Lock hospitals Punjab
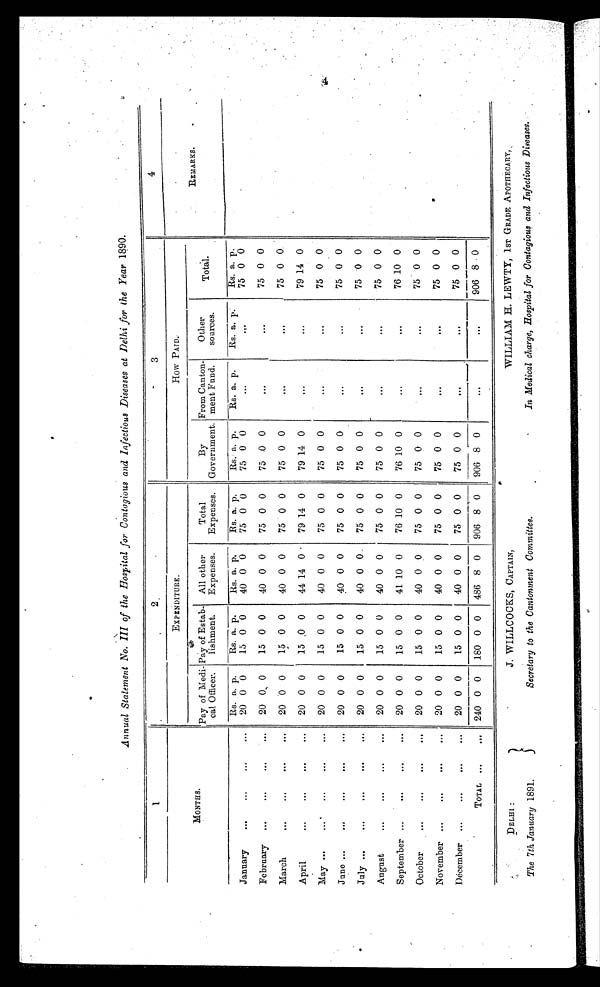
Annual Statement No. III of the Hospital for Contagious and Infectious Diseases at Delhi for the Year 1890.
1
2
3
4
MONTHS.
EXPENDITURE.
How PAID.
REMARKS.
Pay of Medi-
cal Officer.
Pay of Estab-
lishment.
All other
Expenses.
Total
Expenses.
By
Government.
From Canton-
ment Fund.
Other
sources.
Total.
Rs. a. p .
Rs. a. p.
Rs. a. p.
Rs. a. p.
Rs. a. p.
Rs. a. p.
Rs. a. p.
Rs. a. p.
January
...
...
...
...
20 0 0
15 0 0
40 0 0
75 0 0
75 0 0
...
...
75 0 0
February
...
...
...
...
20 0 0
15 0 0
40 0 0
75 0 0
75 0 0
...
...
75 0 0
March
...
...
...
. . .
20 0 0
15 0 0
40 0 0
75 0 0
75 0 0
...
...
75 0 0
April
...
...
...
...
20 0 0
15 0 0
44 14 0
79 14 0
79 14 0
...
...
79 14 0
May ...
...
...
...
. . .
20 0 0
15 0 0
40 0 0
75 0 0
75 0 0
...
...
75 0 0
June ...
...
...
. . .
. . .
20 0 0
15 0 0
40 0 0
75 0 0
75 0 0
...
...
75 0 0
July ...
...
. . .
...
...
20 0 0
15 0 0
40 0 0
75 0 0
75 0 0
...
...
75 0 0
August
...
...
...
. . .
20 0 0
15 0 0
40 0 0
75 0 0
75 0 0
...
...
75 0 0
September ...
...
...
...
20 0 0
15 0 0
41 10 0
76 10 0
76 10 0
...
...
76 10 0
October
...
. . .
...
. . .
20 0 0
15 0 0
40 0 0
75 0 0
75 0
0
...
...
75 0 0
November ...
...
...
. . .
20 0 0
15 0 0
40 0 0
75 0 0
75 0 0
...
...
75 0 0
December ...
...
...
. . .
20 0 0
15 0 0
40 0 0
75 0 0
75 0 0
...
...
75 0 0
TOTAL ...
. . .
240 0 0
180 0 0
486 8 0
906 8 0
906 8 0
...
906 8 0
DELHI :
The 7th January 1891.
J. WILLCOCKS, CAPTAIN,
Secretary to the Cantonment Committee.
WILLIAM H. LEWTY, 1ST GRADE APOTHECARY,
In Medical charge, Hospital for Contagious and Infectious Diseases.